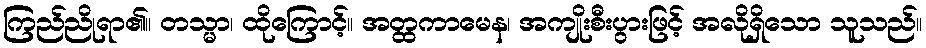
ကြည်ညိုရာ၏။ တသ္မာ၊ ထိုကြောင့်။ အတ္ထကာမေန၊ အကျိုးစီးပွားဖြင့် အလိုရှိသော သူသည်။